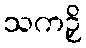
သကဉှိ